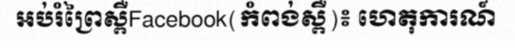
អប់រំព្រៃស្ពឺFacebook(កំពង់ស្ពឺ)៖ ហេតុការណ៍